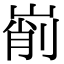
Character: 𡹺